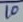
Text: 10